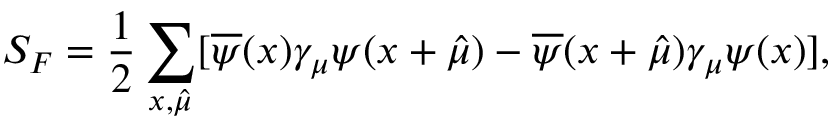
S _ { F } = \frac { 1 } { 2 } \sum _ { x , \hat { \mu } } [ \overline { { { \psi } } } ( x ) \gamma _ { \mu } \psi ( x + \hat { \mu } ) - \overline { { { \psi } } } ( x + \hat { \mu } ) \gamma _ { \mu } \psi ( x ) ] ,